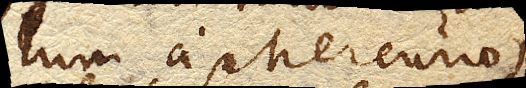
lum a Mercurio,